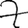
Digit: 7